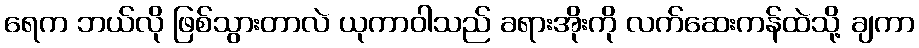
ရေက ဘယ်လို ဖြစ်သွားတာလဲ ယုကာဝါသည် ခရားအိုးကို လက်ဆေးကန်ထဲသို့ ချကာ